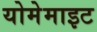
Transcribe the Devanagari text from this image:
योमेमाइट